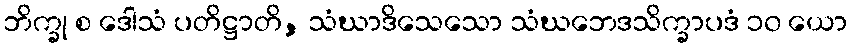
ဘိက္ခု စ ဒေါသံ ပတိဋ္ဌာတိ, သံဃာဒိသေသော သံဃဘေဒသိက္ခာပဒံ ၁၀ ယော